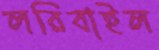
লরিবাইল